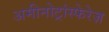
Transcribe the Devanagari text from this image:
अमीनोट्रांस्फेरेज़